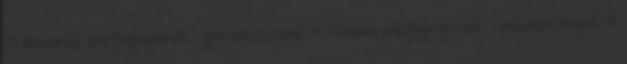
12 Renault sárfogógumik, -gumikötények 11 Scania sárfogógumik, -gumikötények 13